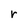
Character: r